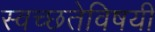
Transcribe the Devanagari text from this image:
स्वच्छतेविषयी